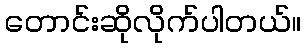
တောင်းဆိုလိုက်ပါတယ်။